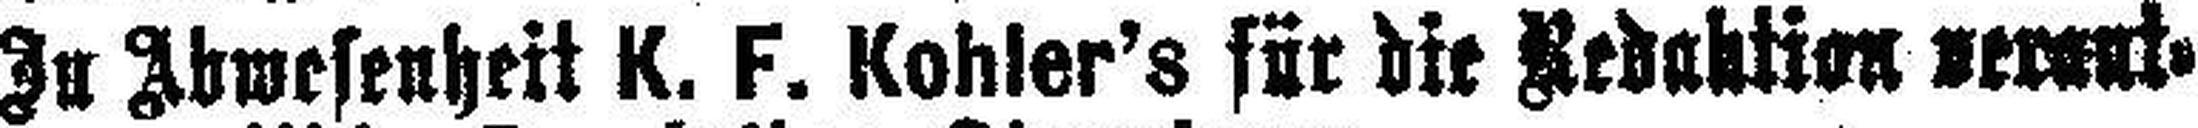
In Abwesenheit K. F. Kohler’s für die Redaktion verant¬